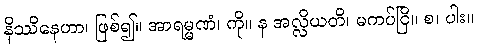
နိဿိနေဟာ၊ ဖြစ်၍။ အာရမ္မဏံ၊ ကို။ န အလ္လိယတိ၊ မကပ်ငြိ။ စ၊ ပါး။